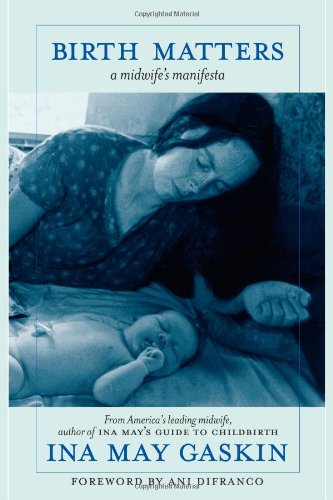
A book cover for Birth Matters: A Midwife's Manifesta; Ina May Gaskin; Medical Books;